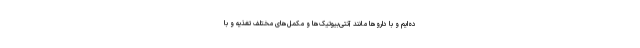
ده‌ایم و با داروها مانند آنتی‌بیوتیک‌ها و مکمل‌های مختلف تغذیه و با